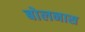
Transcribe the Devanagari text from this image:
बोलनास